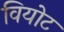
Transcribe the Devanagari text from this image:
वियोट